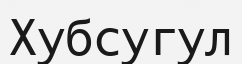
Хубсугул